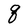
Character: q